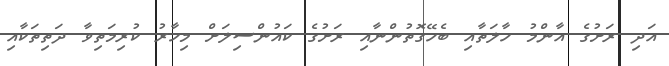
އަދި ރަށުގެ އާންމު ހާލަތާއި ބެހޭގޮތުންނާއި ރަށުގެ ކައުންސިލަށް މިހާރު ކުރިމަތިވާ ދަތިތަކާއި